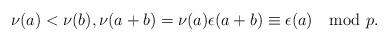
LaTeX: \begin{align*} \nu(a) < \nu(b), \nu(a+b)=\nu(a) \epsilon(a+b)\equiv\epsilon(a) \mod p.\end{align*}